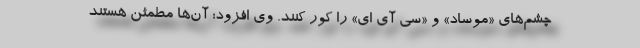
چشم‌های «موساد» و «سی آی ای» را کور کنند. وی افزود: آن‌ها مطمئن هستند